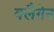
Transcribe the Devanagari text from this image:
क्लैगेन